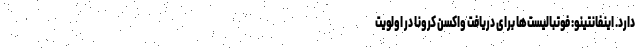
دارد. اینفانتینو: فوتبالیست‌ها برای دریافت واکسن کرونا در اولویت